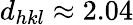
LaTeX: d_{hkl}\approx 2.04